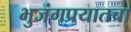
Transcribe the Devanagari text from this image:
भुजंगप्रयातचा